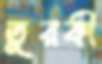
তুরকী